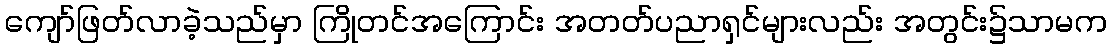
ကျော်ဖြတ်လာခဲ့သည်မှာ ကြိုတင်အကြောင်း အတတ်ပညာရှင်များလည်း အတွင်း၌သာမက